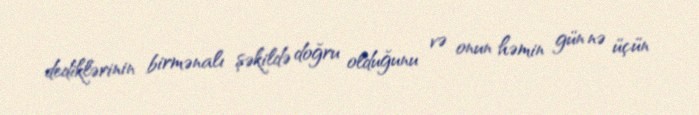
dediklərinin birmənalı şəkildə doğru olduğunu və onun həmin gün nə üçün